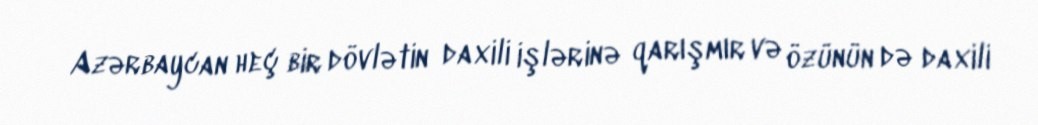
Azərbaycan heç bir dövlətin daxili işlərinə qarışmır və özünün də daxili